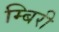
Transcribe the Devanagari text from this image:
म्बिरी